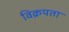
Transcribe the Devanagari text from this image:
विक्रयता